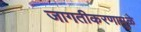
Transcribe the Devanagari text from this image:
जागतीकरणामुळे